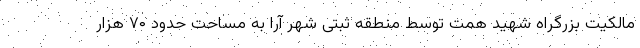
مالکیت بزرگراه شهید همت توسط منطقه ثبتی شهر آرا به مساحت حدود ۷۰ هزار